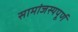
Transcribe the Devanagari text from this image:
सामांजस्यपूर्ण